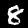
Label: 8